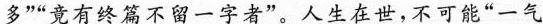
多”“竟有终篇不留一字者”。人生在世,不可能“一气